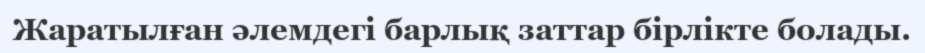
Жаратылған әлемдегі барлық заттар бірлікте болады.